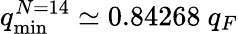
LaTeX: q_{\mathrm{min}}^{N=14}\simeq 0.84268~q_{F}